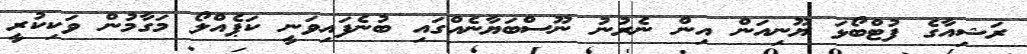
ރަޝިއާގެ ފުޓްބޯޅަ ޔޫނިއަން އިން ނެރުނު ނޫސްބަޔާނެއްގައި ބުނެފައިވަނީ ކަޕެއްލޯ މަގާމުން ވަކިކުރީ